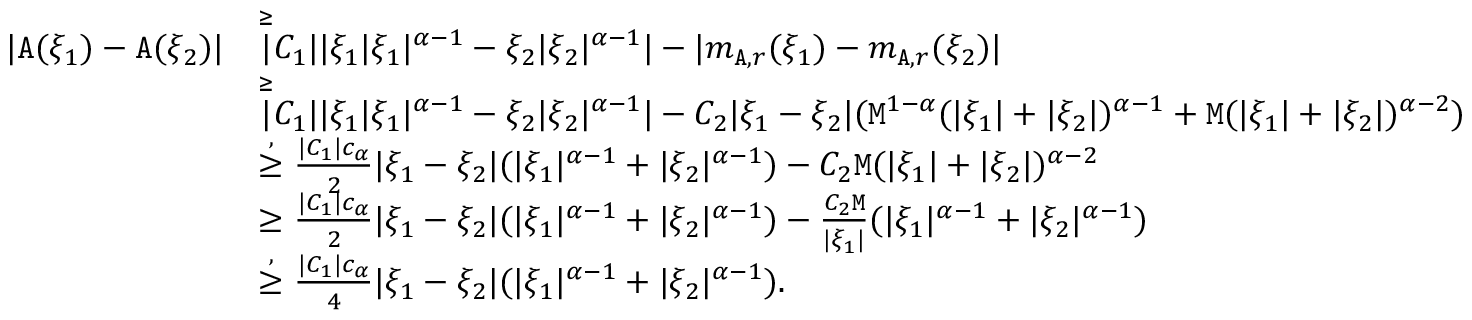
\begin{array} { r l } { | \mathtt { A } ( \xi _ { 1 } ) - \mathtt { A } ( \xi _ { 2 } ) | } & { \overset \ge | C _ { 1 } | | \xi _ { 1 } | \xi _ { 1 } | ^ { \alpha - 1 } - \xi _ { 2 } | \xi _ { 2 } | ^ { \alpha - 1 } | - | m _ { \mathtt { A } , r } ( \xi _ { 1 } ) - m _ { \mathtt { A } , r } ( \xi _ { 2 } ) | } \\ & { \overset { \ge } | C _ { 1 } | | \xi _ { 1 } | \xi _ { 1 } | ^ { \alpha - 1 } - \xi _ { 2 } | \xi _ { 2 } | ^ { \alpha - 1 } | - C _ { 2 } | \xi _ { 1 } - \xi _ { 2 } | ( \mathtt { M } ^ { 1 - \alpha } ( | \xi _ { 1 } | + | \xi _ { 2 } | ) ^ { \alpha - 1 } + \mathtt { M } ( | \xi _ { 1 } | + | \xi _ { 2 } | ) ^ { \alpha - 2 } ) } \\ & { \overset { , } \ge \frac { | C _ { 1 } | c _ { \alpha } } { 2 } | \xi _ { 1 } - \xi _ { 2 } | ( | \xi _ { 1 } | ^ { \alpha - 1 } + | \xi _ { 2 } | ^ { \alpha - 1 } ) - C _ { 2 } \mathtt { M } ( | \xi _ { 1 } | + | \xi _ { 2 } | ) ^ { \alpha - 2 } } \\ & { \ge \frac { | C _ { 1 } | c _ { \alpha } } { 2 } | \xi _ { 1 } - \xi _ { 2 } | ( | \xi _ { 1 } | ^ { \alpha - 1 } + | \xi _ { 2 } | ^ { \alpha - 1 } ) - \frac { C _ { 2 } \mathtt { M } } { | \xi _ { 1 } | } ( | \xi _ { 1 } | ^ { \alpha - 1 } + | \xi _ { 2 } | ^ { \alpha - 1 } ) } \\ & { \overset { , } \ge \frac { | C _ { 1 } | c _ { \alpha } } { 4 } | \xi _ { 1 } - \xi _ { 2 } | ( | \xi _ { 1 } | ^ { \alpha - 1 } + | \xi _ { 2 } | ^ { \alpha - 1 } ) . } \end{array}